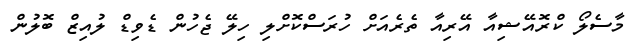
މާސެލޯ ކްރޮއޭޝިއާ އޭރިއާ ތެރެއަށް ހުރަސްކޮށްލި ހިލޭ ޖެހުން ޑެވިޑް ލުއިޒް ބޮލުން